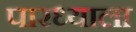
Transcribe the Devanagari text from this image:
पारध्याला